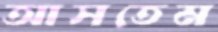
আসতেম